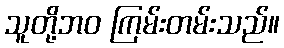
သူတို့ဘဝ ကြမ်းတမ်းသည်။